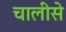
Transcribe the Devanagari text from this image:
चालीसे